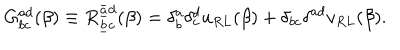
LaTeX: G _ { b c } ^ { a d } ( \beta ) \equiv R _ { \underline { { b } } c } ^ { \underline { { { \bar { a } } } } d } ( \beta ) = \delta _ { b } ^ { a } \delta _ { c } ^ { d } u _ { R L } ( \beta ) + \delta _ { b c } \delta ^ { a d } v _ { R L } ( \beta ) .